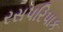
રસપરિપાક